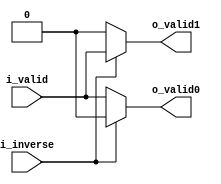
//company       : xm tech
//project name  : H265i
//top module    : dct_top_2d.v
//data          : 2018.02.07
//delay         : 0 clk 
//describe      :
//modification  :
//v1.0          :
module ctl3(
          i_valid  ,
	  i_inverse,
//----------------------------------//
          o_valid0 ,//to mux1
          o_valid1 //to mux3
);
// ********************************************
//    INPUT / OUTPUT DECLARATION                                               
// ********************************************  

input                       i_valid   ;
input                       i_inverse ;

output wire                     o_valid0  ;
output wire                     o_valid1  ;

assign o_valid0 = i_inverse ? 1'b0 : i_valid ;//mux1
assign o_valid1 = i_inverse ? i_valid : 1'b0 ;//mux3

endmodule